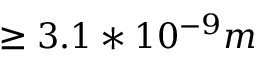
\ge 3 . 1 * 1 0 ^ { - 9 } m